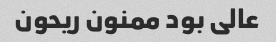
عالی بود ممنون ریحون